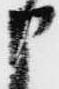
申